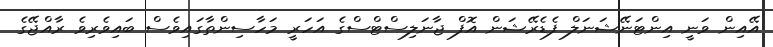
އޭއިން ވަނީ އިންޓަނޭޝަނަލް ފެޑެރޭޝަން އޮފް ޖާނަލިސްޓްސްގެ އަހަރީ މަހާސިންތާގައިވެސް ބައިވެރިވެ ރާއްޖޭގެ